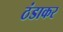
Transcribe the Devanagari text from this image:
ठंडाकर